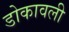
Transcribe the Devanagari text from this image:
डोकावली